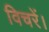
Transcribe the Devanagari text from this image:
विचरें।